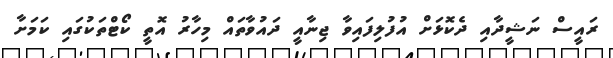
ރައީސް ނަޝީދާއި ދެކޮޅަށް އުފުލިފައިވާ ޖިނާއީ ދައުވާތައް މިހާރު އޮތީ ކޯޓްތަކުގައި ކަމަށާ